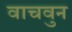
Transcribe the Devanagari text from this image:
वाचवुन